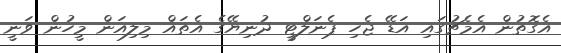
އެގޮތުން އެމެޗުގައި އަޑޭ ޖެހި ޕެނަލްޓީ ދުނިޔޭގެ އެތައް މިލިއަން މީހުން ވަނީ